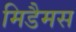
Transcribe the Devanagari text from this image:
मिडैमस